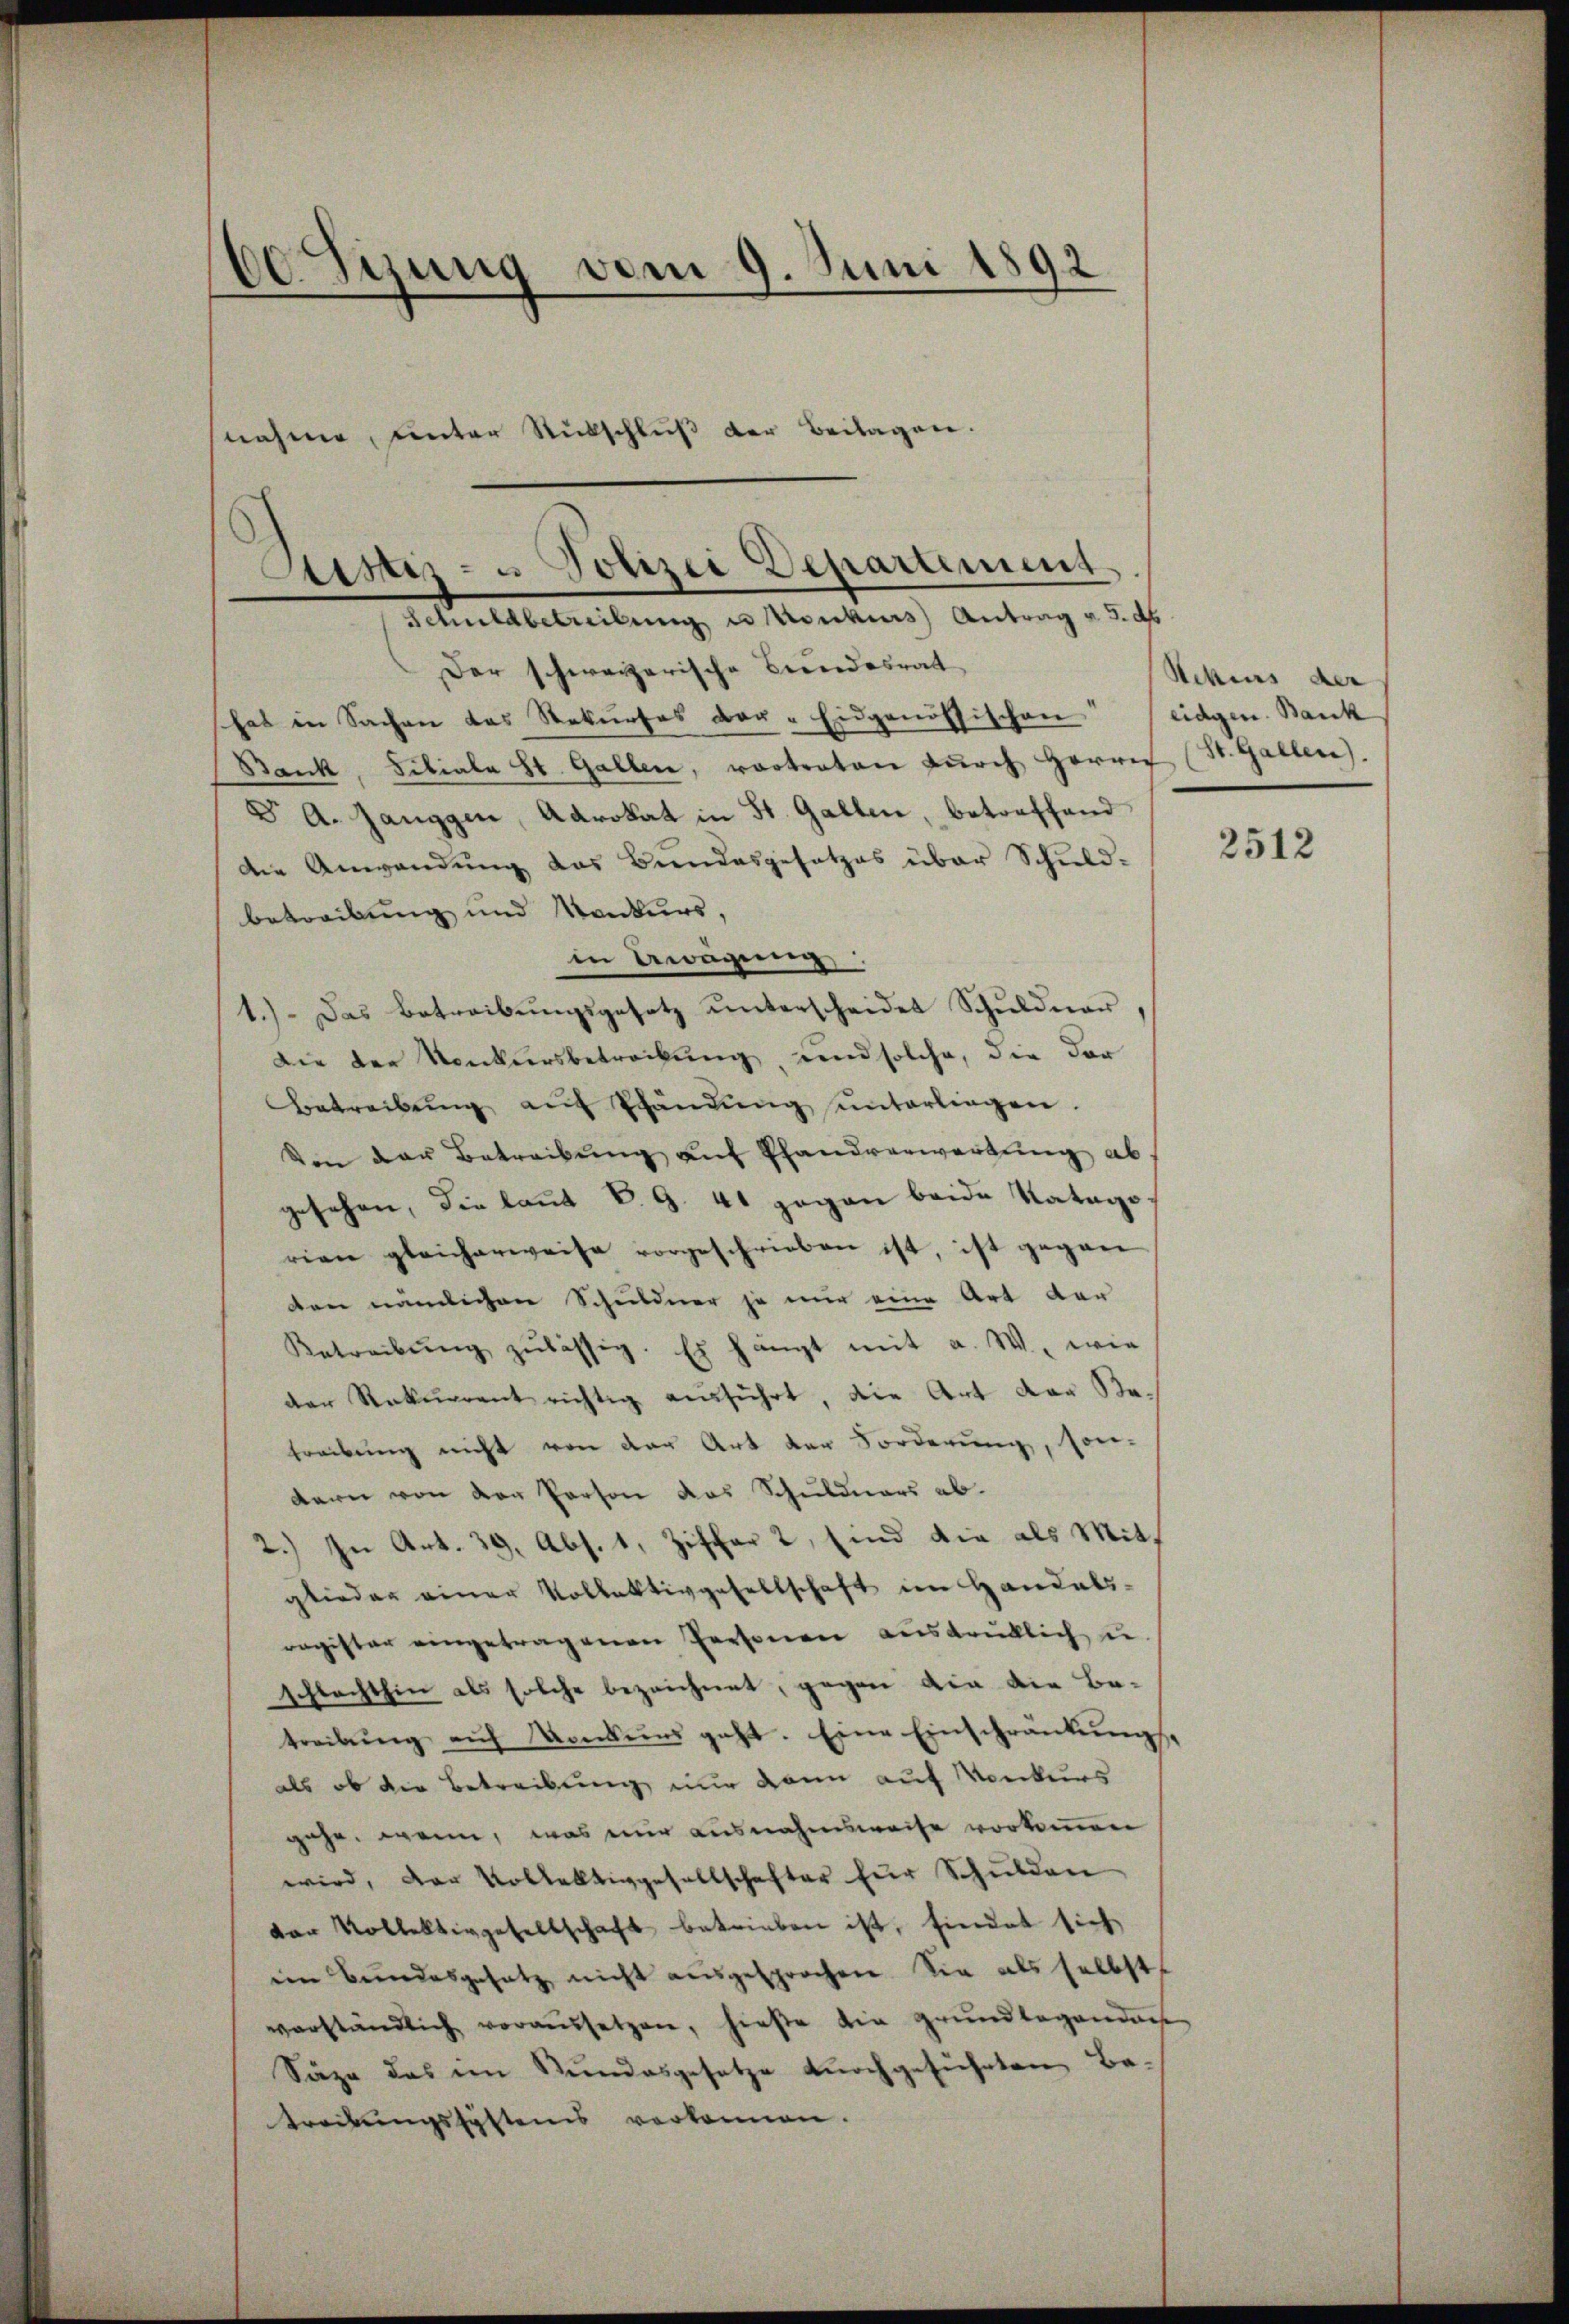
60 Sizung vom 9. Juni 1892

snahme, unter Rückschluß der Beilagen.
Sistir- u Polizei Departement

Schuldbetreibung es Konkurs Antrag v. 5. ds.
Der schweizerische Bundesrat
hat in Sachen das Rekurses der Eidgenössischen eidgen. Bank
Bank, Filiale St. Gallen, vertratore durch Herre (St. Gallen.
Dr A. Janggen, Advokat in St. Gallen, betreffend
die Anwendung das Bundesgesetzes über Schuld-
betreibung und Konkurs,
in Erwägung
1.) Das Betreibŭngsgesetz unterscheidet Schŭldner,
Die der Konkursbetrackung, und solche, die der
Betreibŭng aŭf Pfändŭng ŭnterliegen.
Von der Betreibŭng auf Pfandverwartung ab.
gesehen, die laut P. G. 41 gegen beide Katago
rien gleicherweise vorgeschrieben ist, ist gegen
den nämlichen Schuldner ja nur eine Art der
Betreibŭng zulässig. Es hängt mit a. W., wie
der Rekurrent richtig ausführt, die Art der Ka-
treibung nicht von der Art der Forderung, son-
dern von der Person das Schuldners ab¬
2.) In Art. 39, Abs. 1, Ziffer 2, sind die als Mitglieder einer Vollektivgesellschaft im Handels-
register eingetragenen Personen ausdrüklich u.
schlachthin als solche bezeichnet, gegen die die Be-
treibŭng aŭf Konkurs geht. Eine Einschränkungs
als ob die Betreibung nur dann auf Konkurs
gehe, wenn, was mir ausnahmsweise vorkommen
wird, der Vollektivgesellschafter für Schulden
var Rollektivgesellschaft betrieben ist, findet sich
ein Bundesgesetz nicht ausgesprochen. Sie als selbst
verständlich voraussetzen, hieße die grundlagendans
Säze des im Stundesgesetze durchgeführten Be-
treibungssystems verkennen.

Ackers der

2512